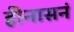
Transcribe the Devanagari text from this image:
हीनासनं